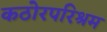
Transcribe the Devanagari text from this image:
कठोरपरिश्रम